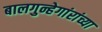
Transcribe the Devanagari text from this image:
बालगुन्हेगांरांच्या